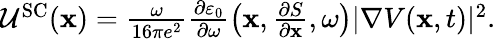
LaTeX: \begin{array}{r}{\mathcal{U}^{\mathrm{SC}}(\mathbf{x})=\frac{\omega}{16\pi e^{2}}\frac{\partial\varepsilon_{0}}{\partial\omega}\left(\mathbf{x},\frac{\partial S}{\partial\mathbf{x}},\omega\right)|\nabla V(\mathbf{x},t)|^{2}.}\end{array}